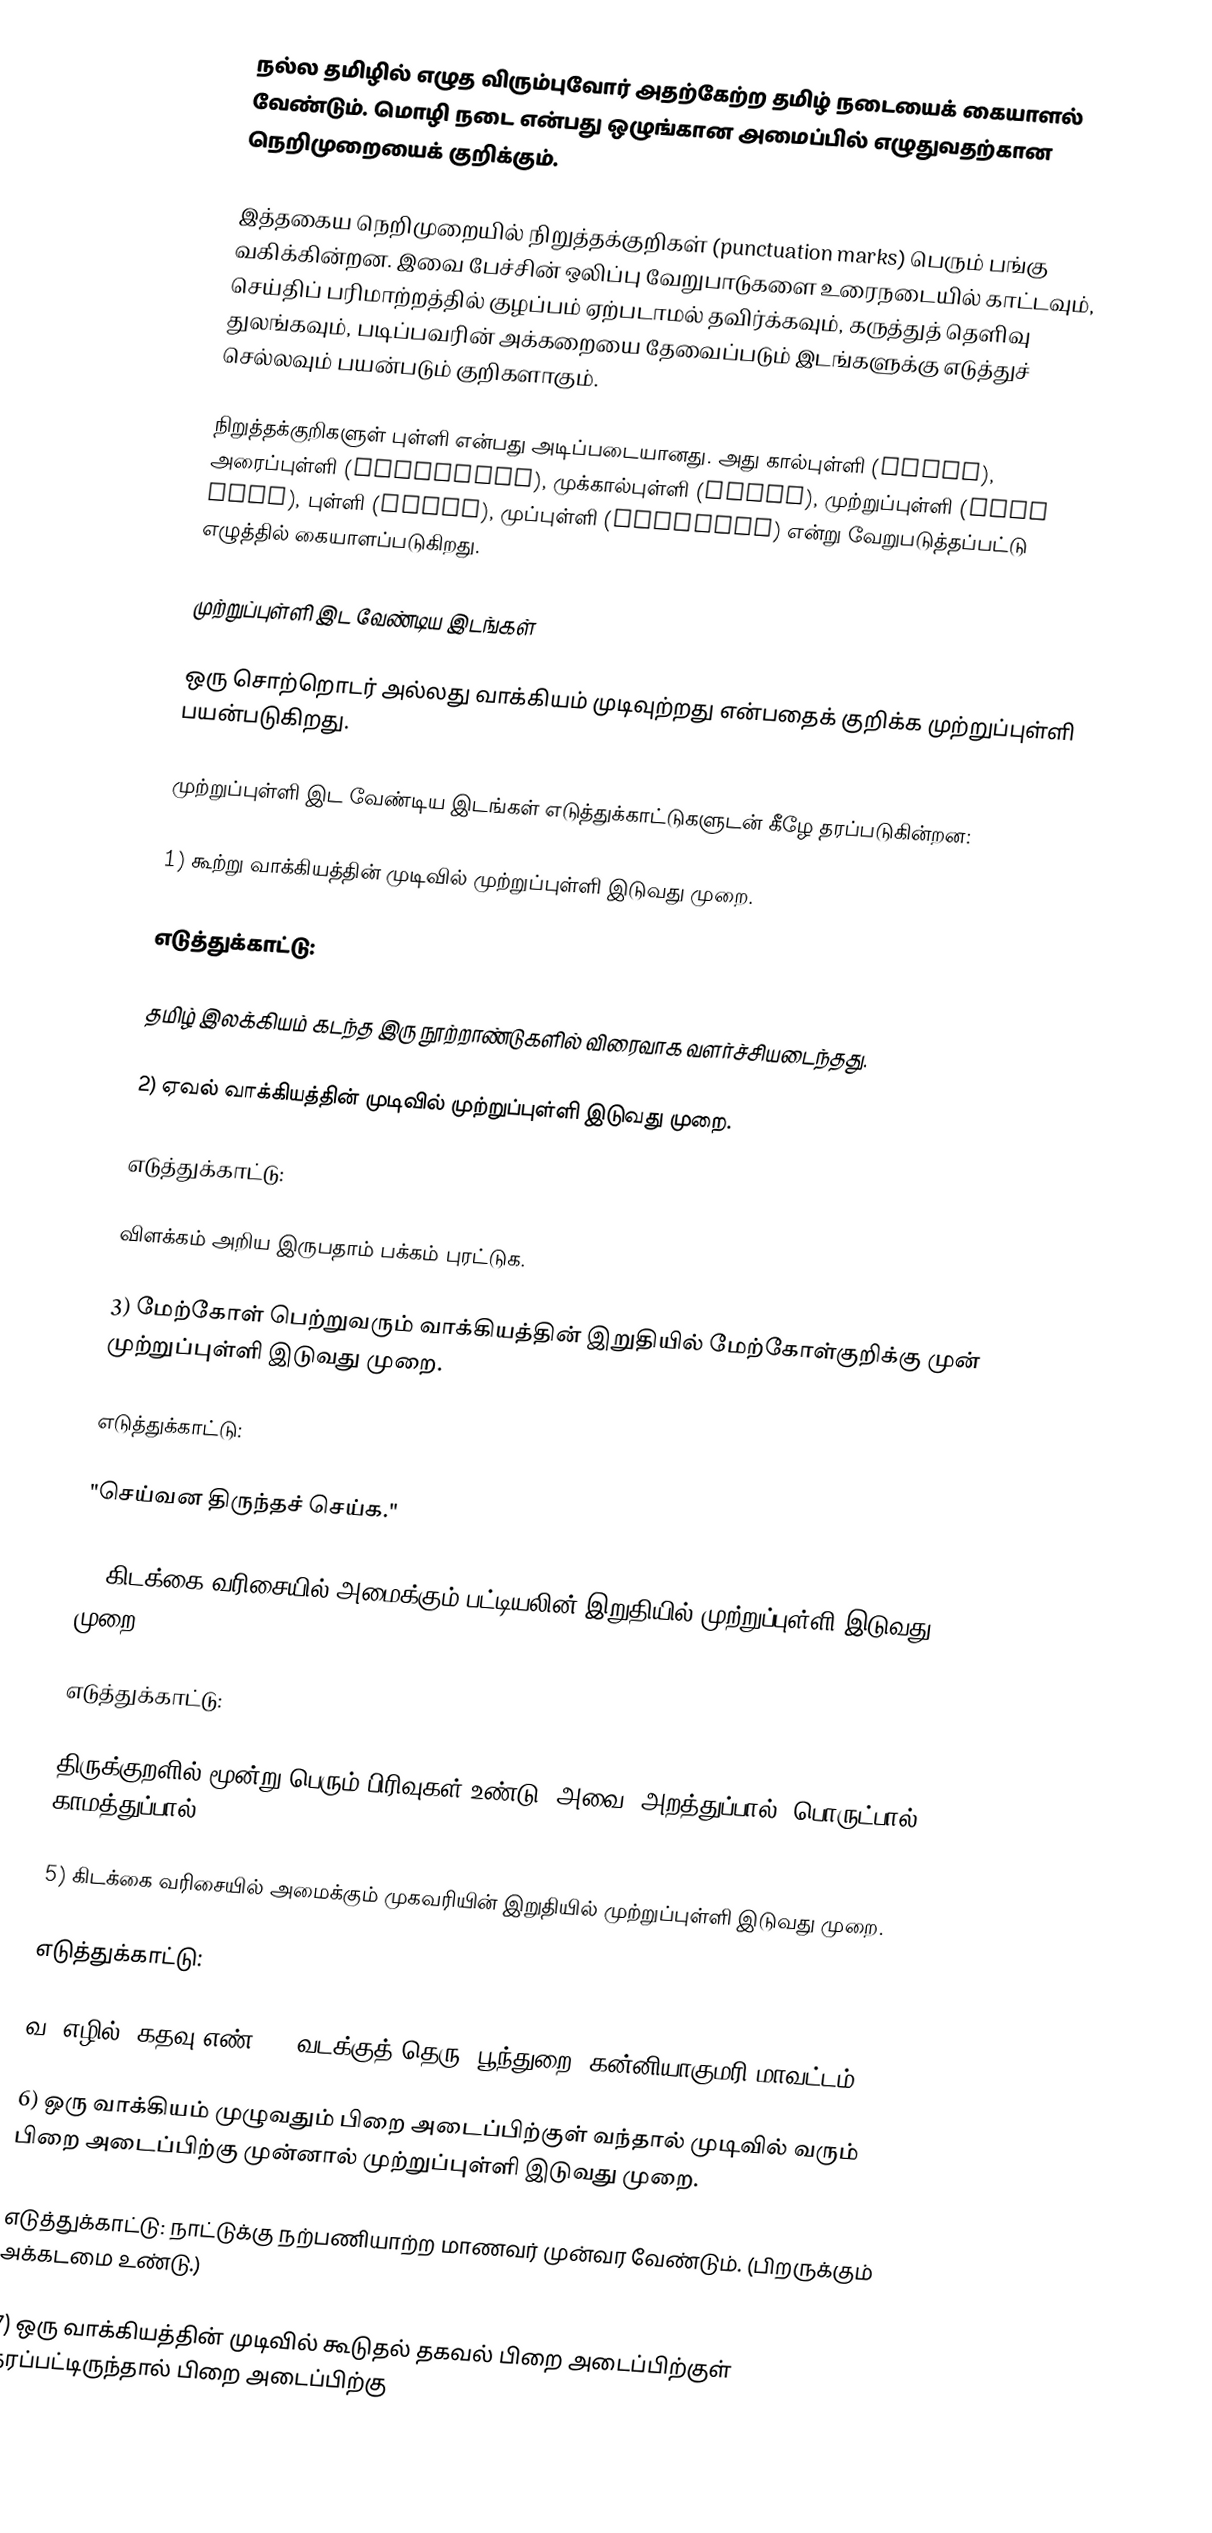
நல்ல தமிழில் எழுத விரும்புவோர் அதற்கேற்ற தமிழ் நடையைக் கையாளல் வேண்டும். மொழி நடை என்பது ஒழுங்கான அமைப்பில் எழுதுவதற்கான நெறிமுறையைக் குறிக்கும்.

இத்தகைய நெறிமுறையில்  நிறுத்தக்குறிகள் (punctuation marks) பெரும் பங்கு வகிக்கின்றன. இவை பேச்சின் ஒலிப்பு வேறுபாடுகளை உரைநடையில் காட்டவும், செய்திப் பரிமாற்றத்தில் குழப்பம் ஏற்படாமல் தவிர்க்கவும், கருத்துத் தெளிவு துலங்கவும், படிப்பவரின் அக்கறையை தேவைப்படும் இடங்களுக்கு எடுத்துச் செல்லவும் பயன்படும் குறிகளாகும்.

நிறுத்தக்குறிகளுள் புள்ளி என்பது அடிப்படையானது. அது கால்புள்ளி (comma), அரைப்புள்ளி (semicolon), முக்கால்புள்ளி (colon), முற்றுப்புள்ளி (full stop), புள்ளி (point), முப்புள்ளி (ellipsis)  என்று வேறுபடுத்தப்பட்டு எழுத்தில் கையாளப்படுகிறது.

முற்றுப்புள்ளி இட வேண்டிய இடங்கள்

ஒரு சொற்றொடர் அல்லது வாக்கியம் முடிவுற்றது என்பதைக் குறிக்க முற்றுப்புள்ளி பயன்படுகிறது.

முற்றுப்புள்ளி இட வேண்டிய இடங்கள் எடுத்துக்காட்டுகளுடன் கீழே தரப்படுகின்றன:

1) கூற்று வாக்கியத்தின் முடிவில் முற்றுப்புள்ளி இடுவது முறை.

எடுத்துக்காட்டு:

தமிழ் இலக்கியம் கடந்த இரு நூற்றாண்டுகளில் விரைவாக வளர்ச்சியடைந்தது.

2) ஏவல் வாக்கியத்தின் முடிவில் முற்றுப்புள்ளி இடுவது முறை.

எடுத்துக்காட்டு:

விளக்கம் அறிய இருபதாம் பக்கம் புரட்டுக.

3) மேற்கோள் பெற்றுவரும் வாக்கியத்தின் இறுதியில் மேற்கோள்குறிக்கு முன் முற்றுப்புள்ளி இடுவது முறை.

எடுத்துக்காட்டு:

"செய்வன திருந்தச் செய்க."

4) கிடக்கை வரிசையில் அமைக்கும் பட்டியலின் இறுதியில் முற்றுப்புள்ளி இடுவது முறை.

 எடுத்துக்காட்டு:

திருக்குறளில் மூன்று பெரும் பிரிவுகள் உண்டு. அவை: அறத்துப்பால், பொருட்பால், காமத்துப்பால்.

5) கிடக்கை வரிசையில் அமைக்கும் முகவரியின் இறுதியில் முற்றுப்புள்ளி இடுவது முறை.

எடுத்துக்காட்டு:

வ. எழில், கதவு எண் 24, வடக்குத் தெரு, பூந்துறை, கன்னியாகுமரி மாவட்டம்.

6) ஒரு வாக்கியம் முழுவதும் பிறை அடைப்பிற்குள் வந்தால் முடிவில் வரும் பிறை அடைப்பிற்கு முன்னால் முற்றுப்புள்ளி இடுவது முறை.

எடுத்துக்காட்டு: நாட்டுக்கு நற்பணியாற்ற மாணவர் முன்வர வேண்டும். (பிறருக்கும் அக்கடமை உண்டு.)

7) ஒரு வாக்கியத்தின் முடிவில் கூடுதல் தகவல் பிறை அடைப்பிற்குள் தரப்பட்டிருந்தால் பிறை அடைப்பிற்கு